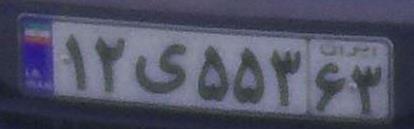
۱۲ی۵۵۳۶۳